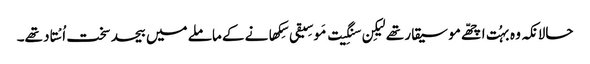
حالانکہ وہ بہُت اچھّے موسیقار تھے لیکِن سنگِیت مَوسِیقی سِکھانے کے ماملے میں بیحد سخت اُسْتاد تھے۔